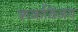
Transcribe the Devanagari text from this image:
शकविजय